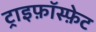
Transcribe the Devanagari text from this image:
ट्राइफ़ॉस्फ़ेट